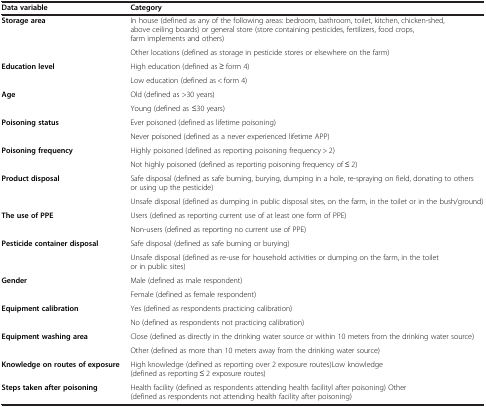
| Data variable | Category |
 | --- | --- |
 | <ROWSPAN=2> Storage area | In house (defined as any of the following areas: bedroom, bathroom, toilet, kitchen, chicken-shed, above ceiling boards) or general store (store containing pesticides, fertilizers, food crops, farm implements and others) |
 | Other locations (defined as storage in pesticide stores or elsewhere on the farm) |
 | <ROWSPAN=2> Education level | High education (defined as ≥ form 4) |
 | Low education (defined as < form 4) |
 | <ROWSPAN=2> Age | Old (defined as >30 years) |
 | Young (defined as ≤30 years) |
 | <ROWSPAN=2> Poisoning status | Ever poisoned (defined as lifetime poisoning) |
 | Never poisoned (defined as a never experienced lifetime APP) |
 | <ROWSPAN=2> Poisoning frequency | Highly poisoned (defined as reporting poisoning frequency > 2) |
 | Not highly poisoned (defined as reporting poisoning frequency of ≤ 2) |
 | <ROWSPAN=2> Product disposal | Safe disposal (defined as safe burning, burying, dumping in a hole, re-spraying on field, donating to others or using up the pesticide) |
 | Unsafe disposal (defined as dumping in public disposal sites, on the farm, in the toilet or in the bush/ground) |
 | <ROWSPAN=2> The use of PPE | Users (defined as reporting current use of at least one form of PPE) |
 | Non-users (defined as reporting no current use of PPE) |
 | <ROWSPAN=2> Pesticide container disposal | Safe disposal (defined as safe burning or burying) |
 | Unsafe disposal (defined as re-use for household activities or dumping on the farm, in the toilet or in public sites) |
 | <ROWSPAN=2> Gender | Male (defined as male respondent) |
 | Female (defined as female respondent) |
 | <ROWSPAN=2> Equipment calibration | Yes (defined as respondents practicing calibration) |
 | No (defined as respondents not practicing calibration) |
 | <ROWSPAN=2> Equipment washing area | Close (defined as directly in the drinking water source or within 10 meters from the drinking water source) |
 | Other (defined as more than 10 meters away from the drinking water source) |
 | Knowledge on routes of exposure | High knowledge (defined as reporting over 2 exposure routes)Low knowledge (defined as reporting ≤ 2 exposure routes) |
 | Steps taken after poisoning | Health facility (defined as respondents attending health facilityl after poisoning) Other (defined as respondents not attending health facility after poisoning) |